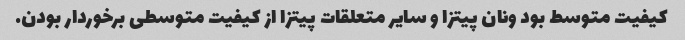
کیفیت متوسط بود ونان پیتزا و سایر متعلقات پیتزا از کیفیت متوسطی برخوردار بودن.